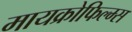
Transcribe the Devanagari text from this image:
मायक्रोफिल्म्स